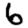
Digit: 6